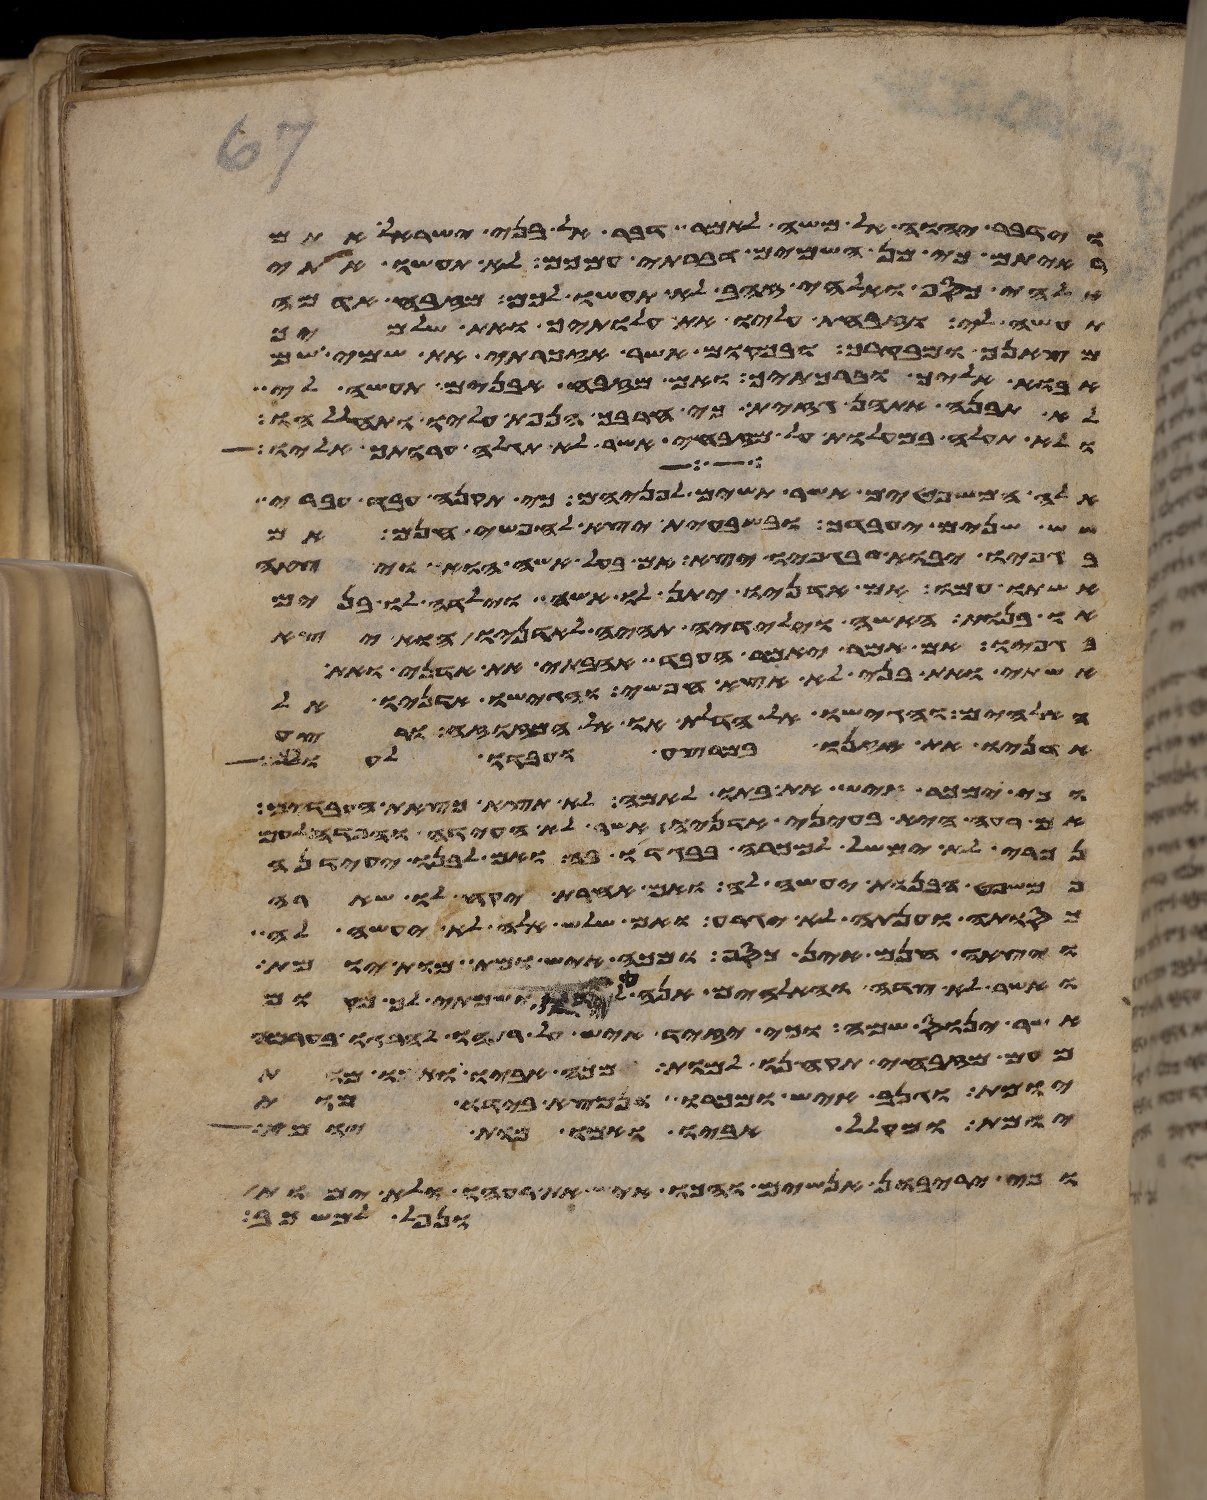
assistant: וידבר יהוה אל משה לאמר דבר אל בני ישראל אתם
ראיתם כי מן השמים דברתי עמכם לא תעשו אתי
אלהי כסף ואלהי זהב לא תעשו לכם מזבח אדמה
תעשה לי וזבחת עליו את עלתיך ואת שלמיך
מצאנך ומבקרך ובמקום אשר אזכרתי את שמי שמה
אבוא אליך וברכתיך ואם מזבח אבנים תעשה לי
לא תבנה אתהן גזית כי חרבך הנפת עליו ותחללהו
ולא תעלה במעלות על מזבחי אשר לא תגלה ערותך אליו
אלה המשפטים אשר תשים לפניהם כי תקנה עבד עברי
שש שנים יעבדך ובשבעית יצא לחפשי חנם אם
בגפיו יבוא בגפיו יצא אם בעל אשה הוא ויצאה
אשתו עמו אם אדניו יתן לו אשה וילדה לו בנים
או בנות האשה וילידיה תהיה לאדניו והוא יצא
בגפיו אם אמר יאמר העבד אהבתי את אדני את
אשתי ואת בני לא אצא חפשי והגישו אדניו אל
האלהים והגישו אל הדלת או אל המזוזה ורצע
אדניו את אזנו במרצע ועבדו לעולם
וכי ימכר איש את בתו לאמה לא תצא כצאת העבדים
אם רעה היא בעיני אדניה אשר לא העידה והפדה לעם
נכרי לא ימשל למכרה בבגדו בה ואם לבנו יעידנה
כמשפט הבנות יעשה לה ואם אחרת יקח לו שארה
כסותה וענתה לא יגרע ואם שלש אלה לא יעשה לה
ויצאה חנם אין כסף מכה איש ומת מות יומת
ואשר לא צדה והאלהים אנה לידו ושמתי לך מקום
אשר ינוס שמה וכי יזיד איש על רעהו להרגו בערמה
מעם מזבחי תקחנו למות ומכה אביו ואמו מות
יומת וגנב איש ומכרו ונמצא בידו מות
יומת ומקלל אביו ואמו מות יומת
וכי יריבון אנשים והכו איש את רעהו ולא ימות
ונפל למשכב